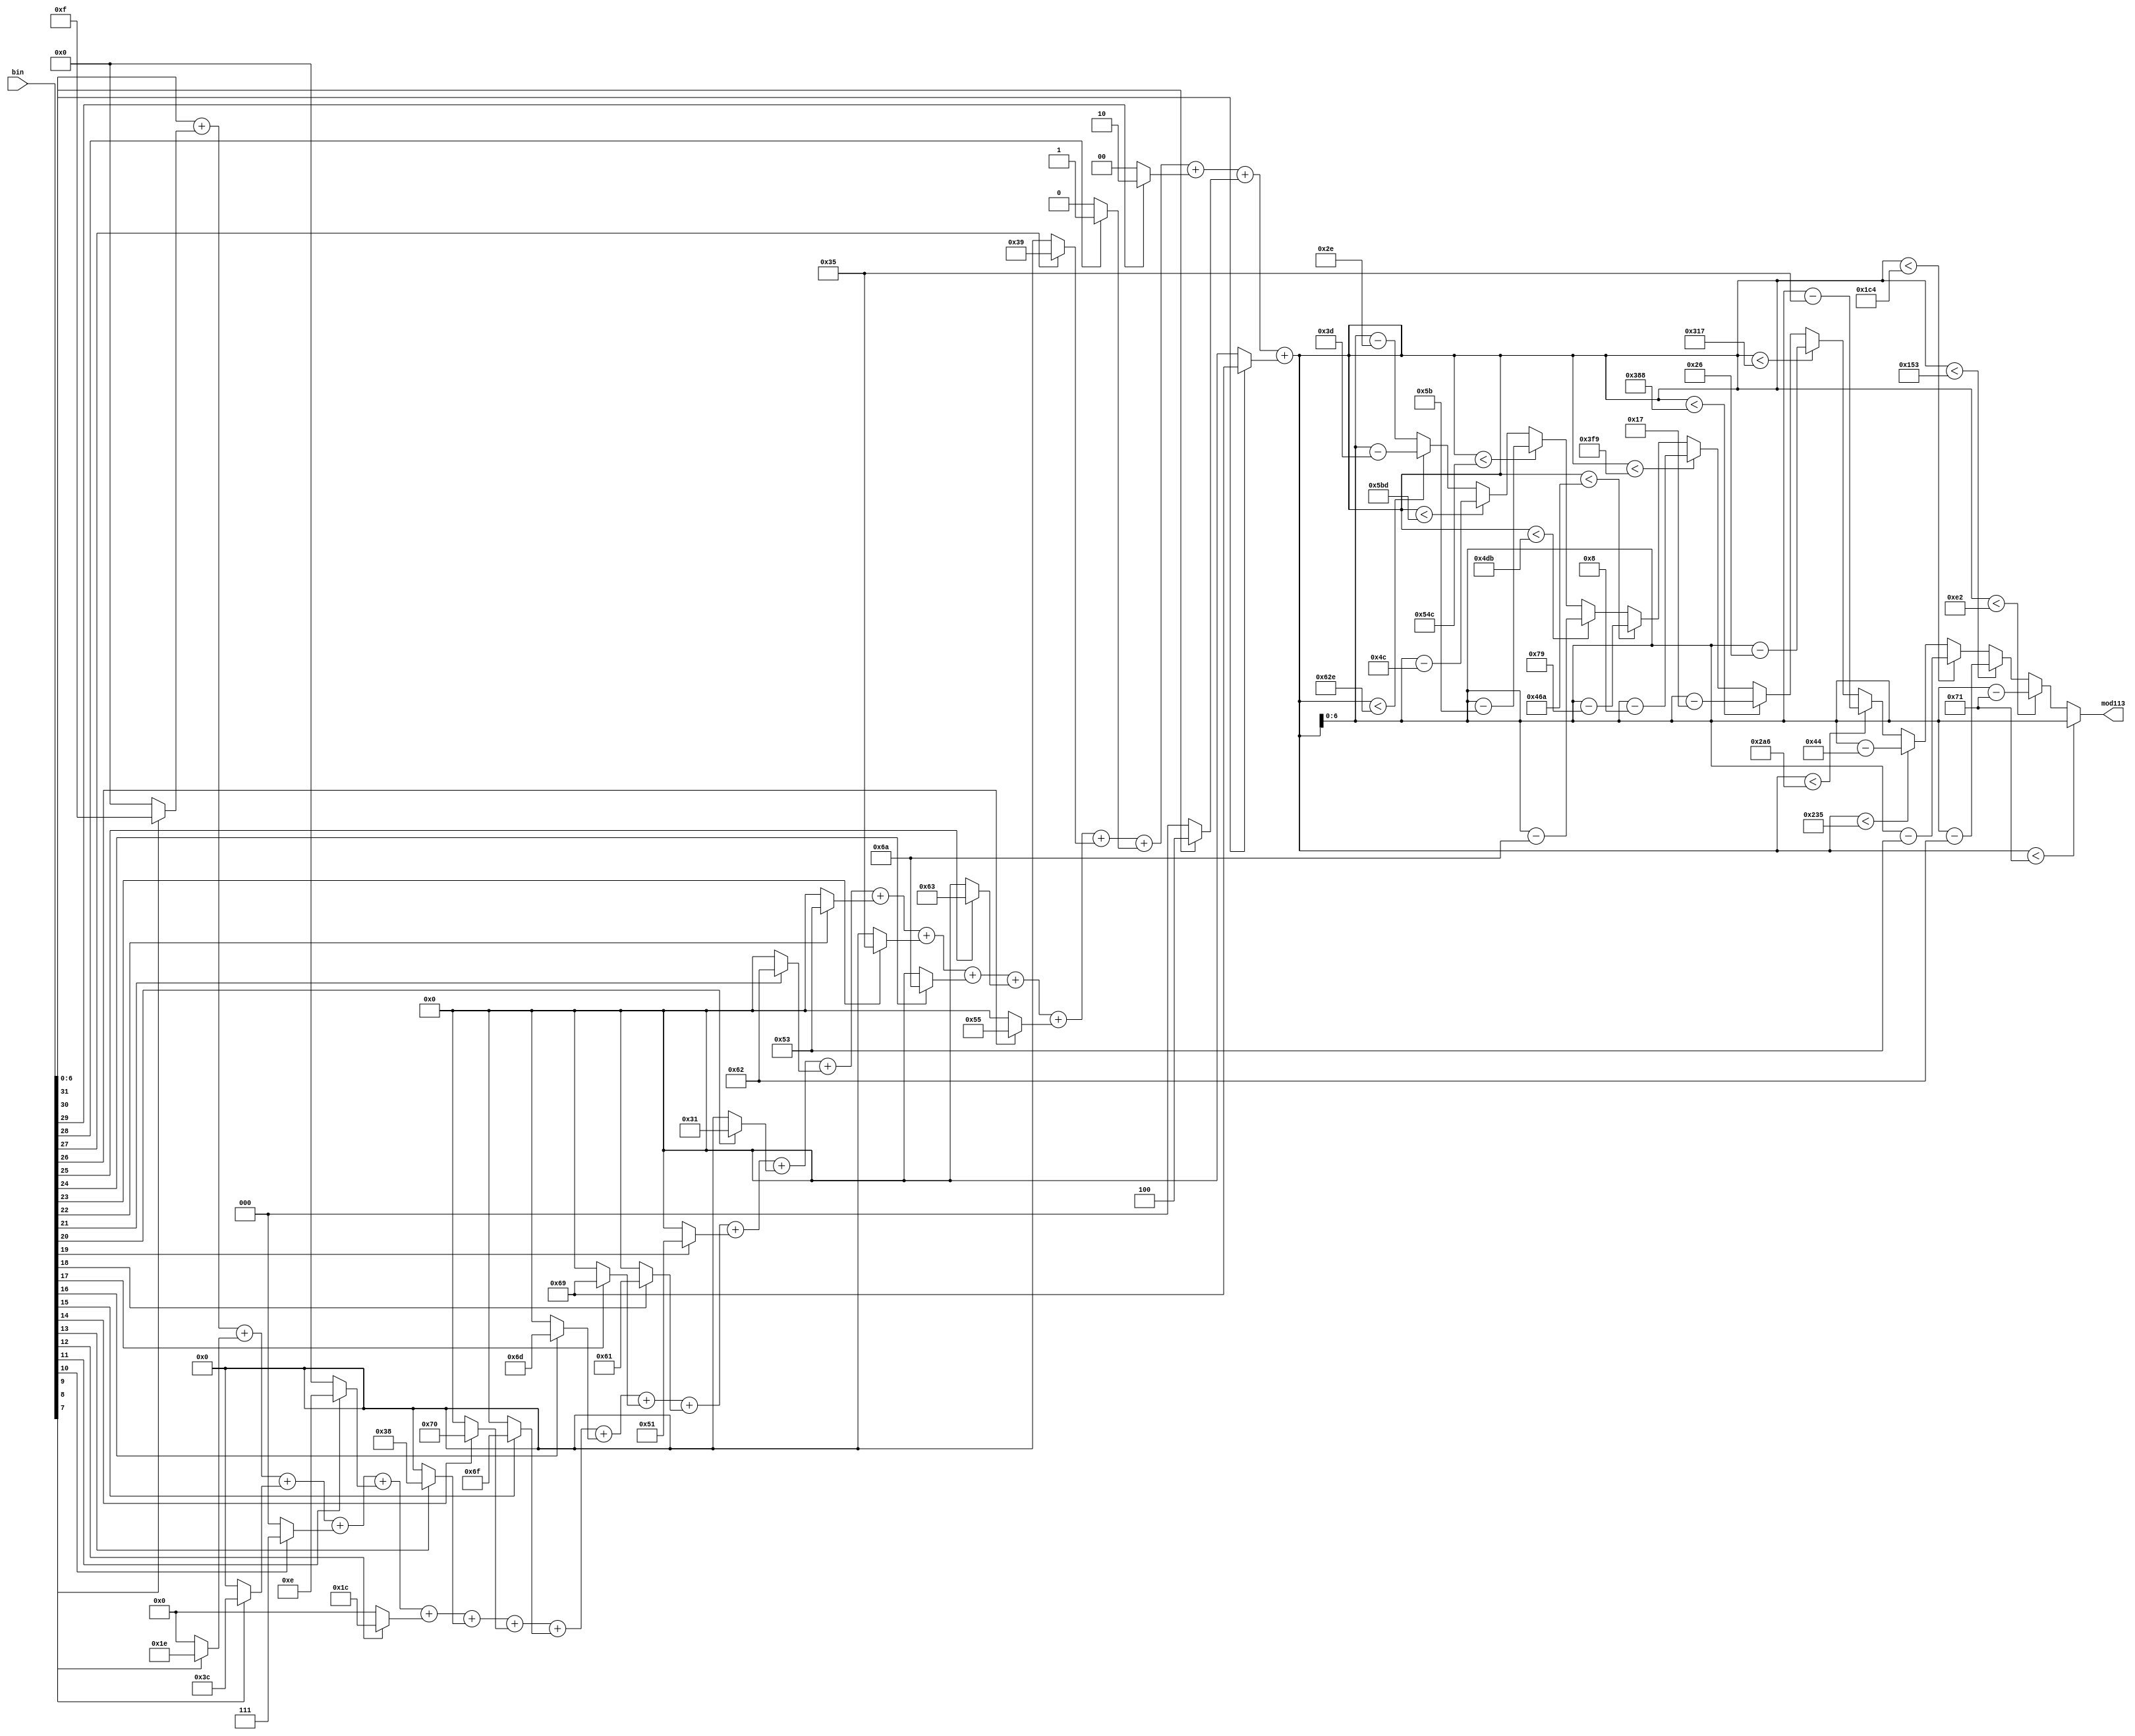
`timescale 1ns / 1ps
//////////////////////////////////////////////////////////////////////////////////
// Company: 
// Engineer: 
// 
// Design Name: 
// Module Name: modulo113n
// Project Name: 
// Target Devices: 
// Tool Versions: 
// Description: 
// 
// Dependencies: 
// 
// Revision:
// Revision 0.01 - File Created
// Additional Comments:
// 
//////////////////////////////////////////////////////////////////////////////////


module modulo113n(input [31:0] bin, output reg [6:0] mod113);
wire [6:0] s31,s30,s29,s28,s27,s26,s25,s24,s23,s22,s21,s20,s19,s18,s17,s16,s15,s14,s13,s12,s11,s10,s9,s8,s7;
wire [10:0] sum;

//refer to modulo101n module to understand the logic
assign s31 = bin[31] ? 7'd105 : 7'd0;
assign s30 = bin[30] ? 7'd4 : 7'd0;
assign s29 = bin[29] ? 7'd2 : 7'd0;
assign s28 = bin[28] ? 7'd1 : 7'd0;
assign s27 = bin[27] ? 7'd57 : 7'd0;
assign s26 = bin[26] ? 7'd85 : 7'd0;
assign s25 = bin[25] ? 7'd99 : 7'd0;
assign s24 = bin[24] ? 7'd106 : 7'd0;
assign s23 = bin[23] ? 7'd53 : 7'd0;
assign s22 = bin[22] ? 7'd83 : 7'd0;
assign s21 = bin[21] ? 7'd98 : 7'd0;
assign s20 = bin[20] ? 7'd49 : 7'd0;
assign s19 = bin[19] ? 7'd81 : 7'd0;
assign s18 = bin[18] ? 7'd97 : 7'd0;
assign s17 = bin[17] ? 7'd105 : 7'd0;
assign s16 = bin[16] ? 7'd109 : 7'd0;
assign s15 = bin[15] ? 7'd111 : 7'd0;
assign s14 = bin[14] ? 7'd112 : 7'd0;
assign s13 = bin[13] ? 7'd56 : 7'd0;
assign s12 = bin[12] ? 7'd28 : 7'd0;
assign s11 = bin[11] ? 7'd14 : 7'd0;
assign s10 = bin[10] ? 7'd7 : 7'd0;
assign s9 = bin[9] ? 7'd60 : 7'd0;
assign s8 = bin[8] ? 7'd30 : 7'd0;
assign s7 = bin[7] ? 7'd15 : 7'd0;

assign sum = bin[6:0]+s7+s8+s9+s10+s11+s12+s13+s14+s15+s16+s17+s18+s19+s20+s21+s22+s23+s24+s25+s26+s27+s28+s29+s30+s31;

always@(*)
begin
    if(sum < 12'd113)
        mod113 = sum;
    else if(sum < 12'd226)
        mod113 = sum - 12'd113;
    else if(sum < 12'd339)
        mod113 = sum - 12'd226;
    else if(sum < 12'd452)
        mod113 = sum - 12'd339;
    else if(sum < 12'd565)
        mod113 = sum - 12'd452;
    else if(sum < 12'd678)
        mod113 = sum - 12'd565;
    else if(sum < 12'd791)
        mod113 = sum - 12'd678;
    else if(sum < 12'd904)
        mod113 = sum - 12'd791;
    else if(sum < 12'd1017)
        mod113 = sum - 12'd904;
    else if(sum < 12'd1130)
        mod113 = sum - 12'd1017;
    else if(sum < 12'd1243)
        mod113 = sum - 12'd1130;
    else if(sum < 12'd1356)
        mod113 = sum - 12'd1243;
    else if(sum < 12'd1469)
        mod113 = sum - 12'd1356;
    else if(sum < 12'd1582)
        mod113 = sum - 12'd1469;
    else
        mod113 = sum - 12'd1582;
    
end
endmodule